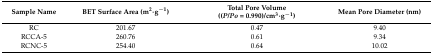
<table><thead><tr><td><b>Sample Name</b></td><td><b>BET Surface Area (m<sup>2</sup>·g<sup>−1</sup>)</b></td><td><b>Total Pore Volume ((<i>P</i>/<i>Po</i> = 0.990)/cm<sup>3</sup>·g<sup>−1</sup>)</b></td><td><b>Mean Pore Diameter (nm)</b></td></tr></thead><tbody><tr><td>RC</td><td>201.67</td><td>0.47</td><td>9.40</td></tr><tr><td>RCCA-5</td><td>260.76</td><td>0.61</td><td>9.34</td></tr><tr><td>RCNC-5</td><td>254.40</td><td>0.64</td><td>10.02</td></tr></tbody></table>